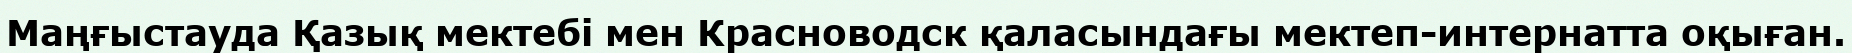
Маңғыстауда Қазық мектебі мен Красноводск қаласындағы мектеп-интернатта оқыған.